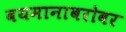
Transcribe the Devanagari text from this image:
वयमानाबरोबर